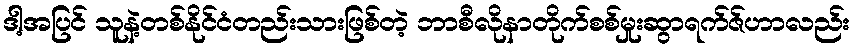
ဒါ့အပြင် သူနဲ့တစ်နိုင်ငံတည်းသားဖြစ်တဲ့ ဘာစီလိုနာတိုက်စစ်မှုးဆွာရက်ဇ်ဟာလည်း